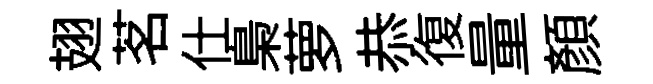
翅茗仕梟萝恭復量顏